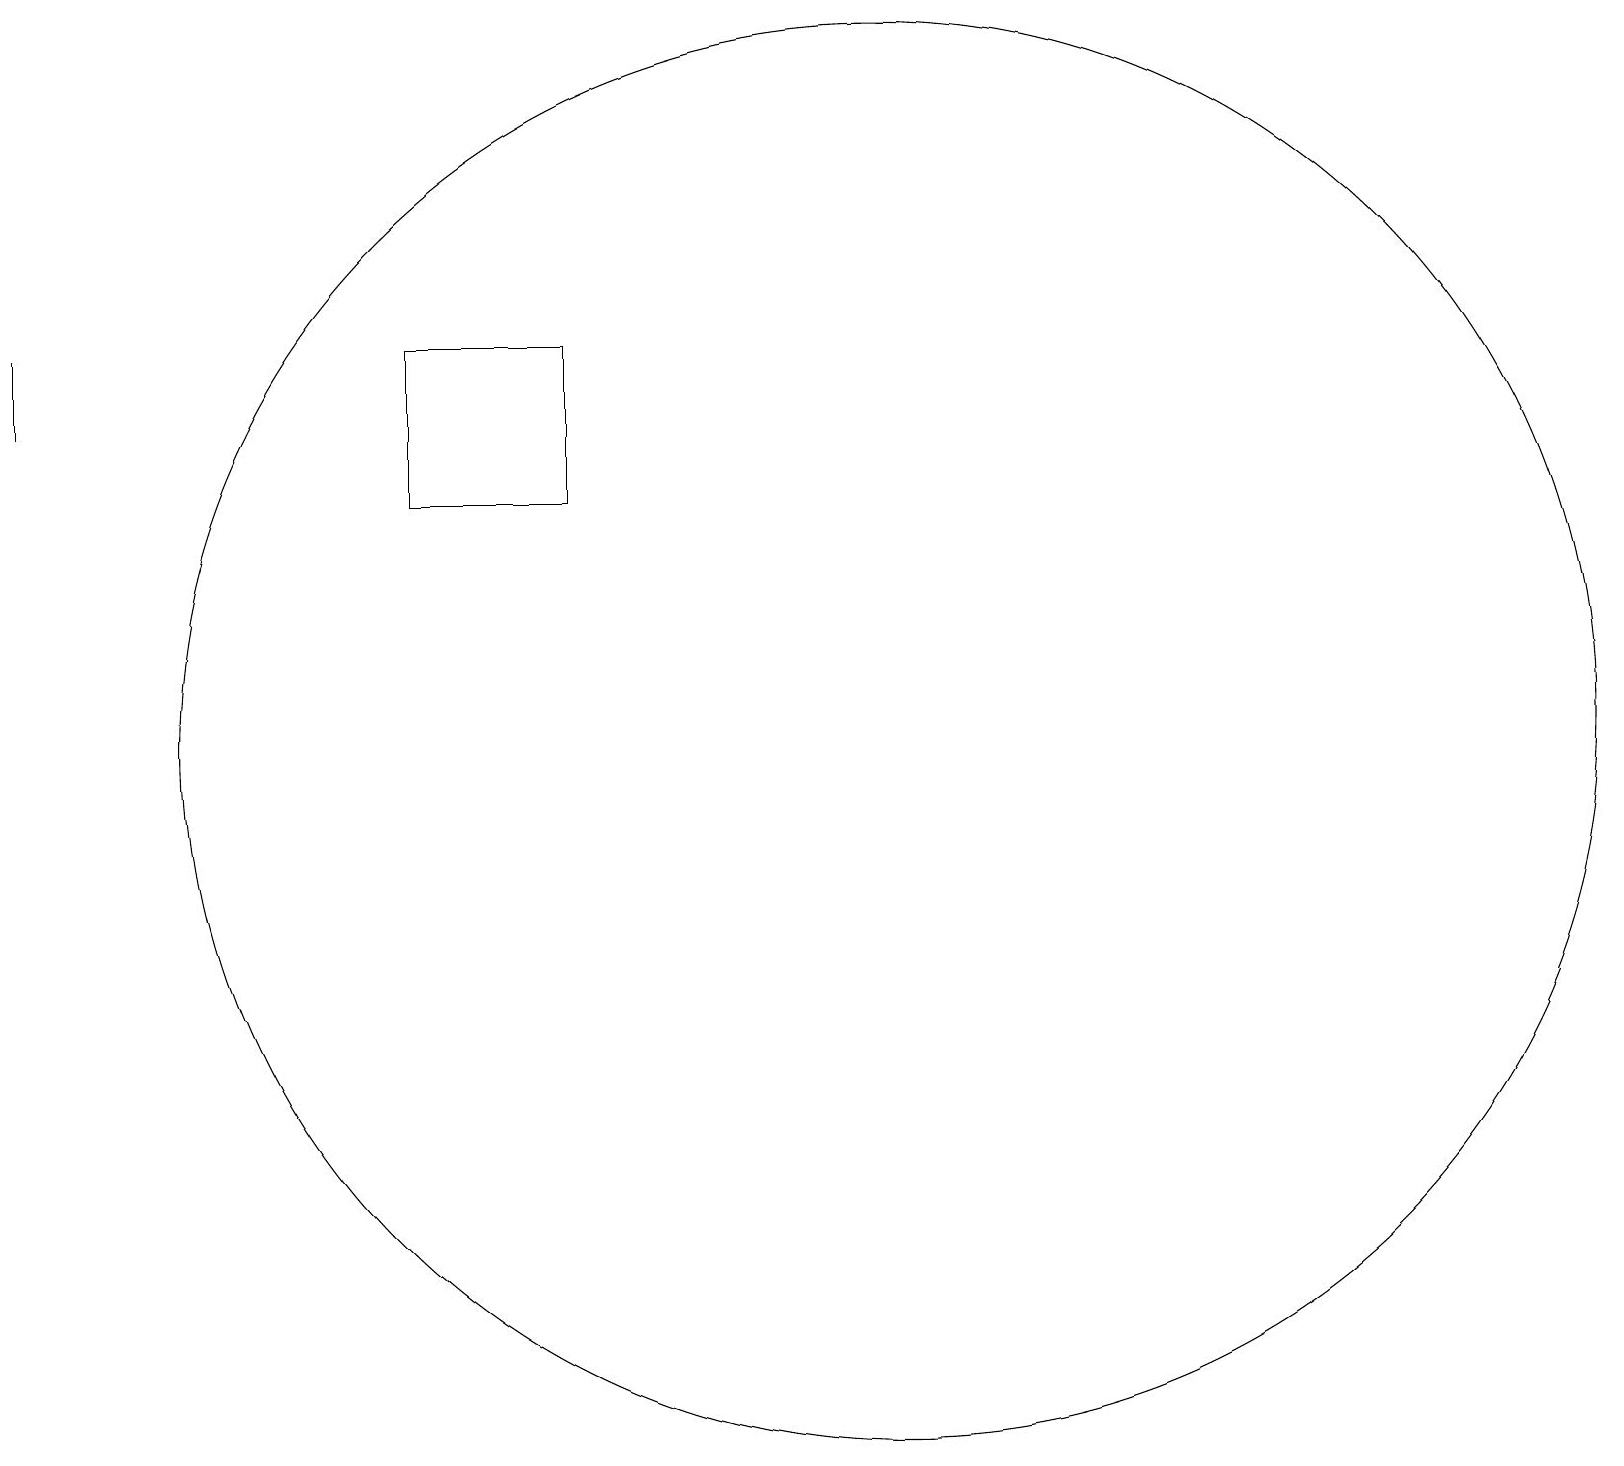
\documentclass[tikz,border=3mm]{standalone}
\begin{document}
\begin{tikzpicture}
\draw (11,11) circle (9);
\draw (5,14) rectangle (7,16);
\draw (0,15) rectangle (0,16);
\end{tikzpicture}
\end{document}